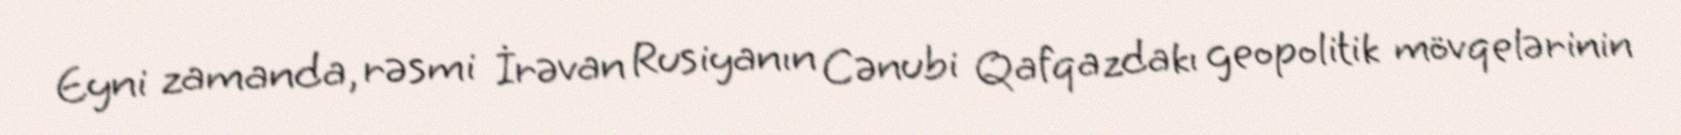
Eyni zamanda, rəsmi İrəvan Rusiyanın Cənubi Qafqazdakı geopolitik mövqelərinin